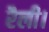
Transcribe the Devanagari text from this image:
रैली।